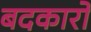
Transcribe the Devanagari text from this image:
बदकारों